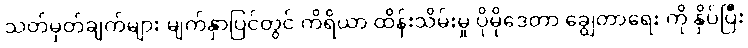
သတ်မှတ်ချက်များ မျက်နှာပြင်တွင် ကိရိယာ ထိန်းသိမ်းမှု ပိုမိုဒေတာ ချွေတာရေး ကို နှိပ်ပြီး